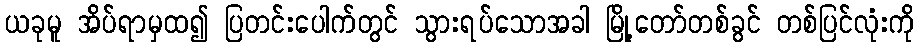
ယခုမူ အိပ်ရာမှထ၍ ပြတင်းပေါက်တွင် သွားရပ်သောအခါ မြို့တော်တစ်ခွင် တစ်ပြင်လုံးကို